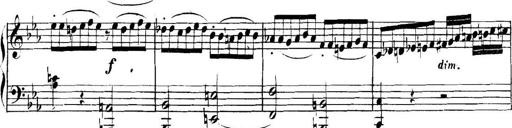
Title: Collected Piano Sonatas
Composer: Muzio Clementi